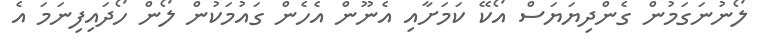
ލޯނުނަގަމުން ގެންދިޔަޔަސް އޯކޭ ކަމަށާއި އެނޫން އެހެން ގައުމަކުން ލޯން ހޯދައިފިނަމަ އެ